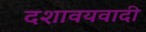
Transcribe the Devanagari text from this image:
दशावयवादी